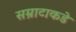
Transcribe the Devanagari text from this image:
सम्राटाकडे